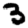
Digit: 3